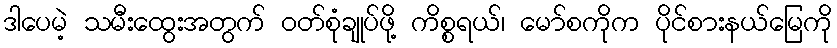
ဒါပေမဲ့ သမီးထွေးအတွက် ဝတ်စုံချုပ်ဖို့ ကိစ္စရယ်၊ မော်စကိုက ပိုင်စားနယ်မြေကို